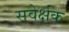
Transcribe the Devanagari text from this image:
सवेर्क्षक